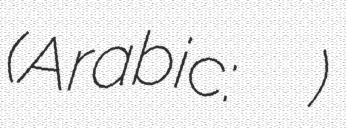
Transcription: (Arabic: حرف المسيترة)